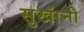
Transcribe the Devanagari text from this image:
सुखांनी